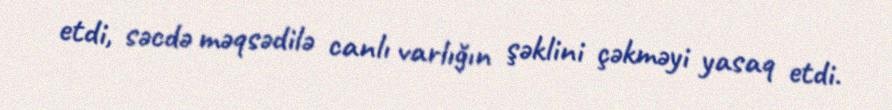
etdi, səcdə məqsədilə canlı varlığın şəklini çəkməyi yasaq etdi.